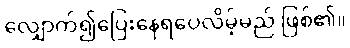
လျှောက်၍ပြေးနေရပေလိမ့်မည် ဖြစ်၏။